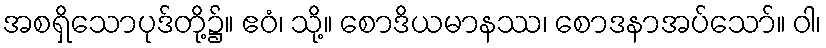
အစရှိသောပုဒ်တို့၌။ ဧဝံ၊ သို့။ စောဒိယမာနဿ၊ စောဒနာအပ်သော်။ ဝါ၊